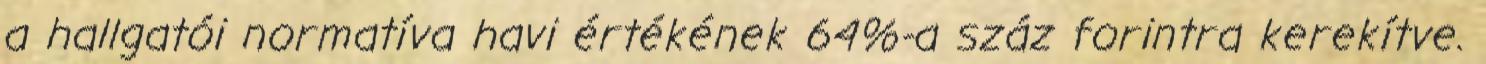
a hallgatói normatíva havi értékének 64%-a száz forintra kerekítve.